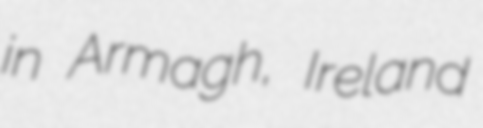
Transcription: in Armagh, Ireland